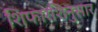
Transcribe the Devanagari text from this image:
शिफारशिनुसार